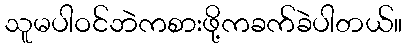
သူမပါဝင်ဘဲကစားဖို့ကခက်ခဲပါတယ်။